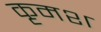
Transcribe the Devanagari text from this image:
कृमश